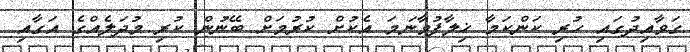
ގަވާއިދުގައި ހުރި ކަންކަމާ ޚިލާފުވާނަމަ އެކުށް ކުރުމަށް ބޭނުން ކުރި މުދަލެއްގެ އަގާއި